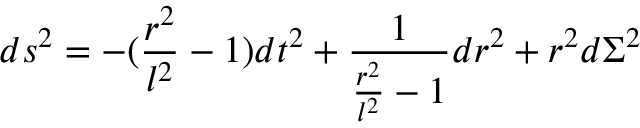
d s ^ { 2 } = - ( \frac { r ^ { 2 } } { l ^ { 2 } } - 1 ) d t ^ { 2 } + \frac { 1 } { \frac { r ^ { 2 } } { l ^ { 2 } } - 1 } d r ^ { 2 } + r ^ { 2 } d \Sigma ^ { 2 }